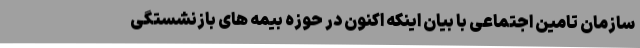
سازمان تامین اجتماعی با بیان اینکه اکنون در حوزه بیمه های بازنشستگی